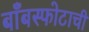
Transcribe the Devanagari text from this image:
बाँबस्फोटाची